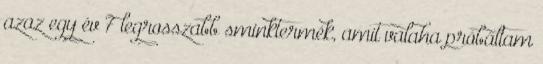
azaz egy év 7 legrosszabb sminktermék, amit valaha próbáltam